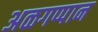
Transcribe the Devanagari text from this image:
अळगप्पान